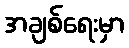
အချစ်ရေးမှာ